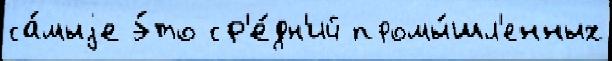
са́мыjе э́то ср'е́дн'ий промы́шл'енных